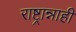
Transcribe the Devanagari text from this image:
राष्ट्रान्नाही